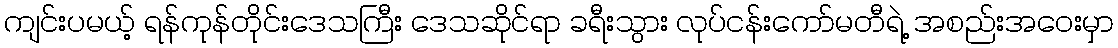
ကျင်းပမယ့် ရန်ကုန်တိုင်းဒေသကြီး ဒေသဆိုင်ရာ ခရီးသွား လုပ်ငန်းကော်မတီရဲ့ အစည်းအဝေးမှာ